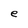
Character: e